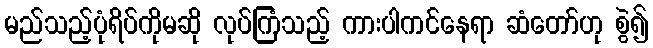
မည်သည့်ပုံရိပ်ကိုမဆို လုပ်ကြံသည့် ကားပါကင်နေရာ ဆံတော်ဟု စွဲ၍